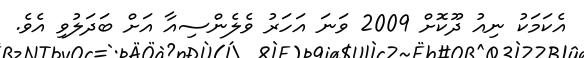
އެކަމަކު ނިއު ދޫކޮށް 2009 ވަނަ އަހަރު ވެލެންސިއާ އަށް ބަދަލުވި އެވެ.